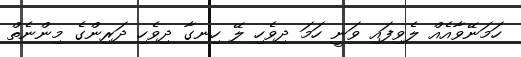
ހަމަނޭވާއެއް ލެވިފައި ވަނީ ހަމަ ދިވެހި ލޭ ހިނގާ ދިވެހި ދަރިންގެ މިންނެތް